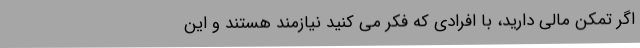
اگر تمکن مالی دارید، با افرادی که فکر می کنید نیازمند هستند و این